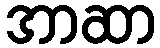
အာဆာ